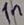
Text: In